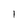
Character: I